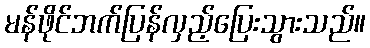
မန်ဖိုင်ဘက်ပြန်လှည့်ပြေးသွားသည်။